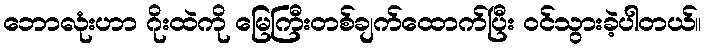
ဘောလုံးဟာ ဂိုးထဲကို မြေကြီးတစ်ချက်ထောက်ပြီး ဝင်သွားခဲ့ပါတယ်။